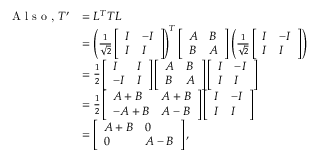
\begin{array} { r l } { \textrm { A l s o , } T ^ { \prime } } & { = L ^ { T } T L } \\ & { = \left( \frac { 1 } { \sqrt { 2 } } \left[ \begin{array} { l l } { I } & { - I } \\ { I } & { I } \end{array} \right] \right) ^ { T } \left[ \begin{array} { l l } { A } & { B } \\ { B } & { A } \end{array} \right] \left( \frac { 1 } { \sqrt { 2 } } \left[ \begin{array} { l l } { I } & { - I } \\ { I } & { I } \end{array} \right] \right) } \\ & { = \frac { 1 } { 2 } \left[ \begin{array} { l l } { I } & { I } \\ { - I } & { I } \end{array} \right] \left[ \begin{array} { l l } { A } & { B } \\ { B } & { A } \end{array} \right] \left[ \begin{array} { l l } { I } & { - I } \\ { I } & { I } \end{array} \right] } \\ & { = \frac { 1 } { 2 } \left[ \begin{array} { l l } { A + B } & { A + B } \\ { - A + B } & { A - B } \end{array} \right] \left[ \begin{array} { l l } { I } & { - I } \\ { I } & { I } \end{array} \right] } \\ & { = \left[ \begin{array} { l l } { A + B } & { 0 } \\ { 0 } & { A - B } \end{array} \right] , } \end{array}